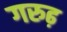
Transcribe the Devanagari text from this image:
गरुढ़